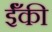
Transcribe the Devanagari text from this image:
ईँकी